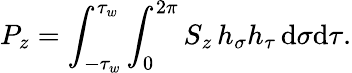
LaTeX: P_{z}=\int_{-\tau_{w}}^{\tau_{w}}\int_{0}^{2\pi}S_{z}\, h_{\sigma}h_{\tau}\, \mathrm{d}\sigma\mathrm{d}\tau.